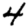
Digit: 4